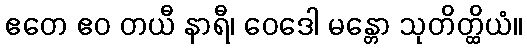
ဧတေ ဧဝ တယီ နာရီ၊ ဝေဒေါ မန္တော သုတိတ္ထိယံ။